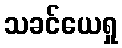
သခင်ယေရှု